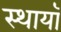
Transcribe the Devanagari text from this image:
स्थायॉ